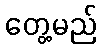
တွေ့မည်